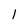
Character: l